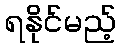
ရနိုင်မည့်